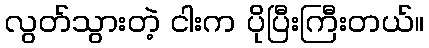
လွတ်သွားတဲ့ ငါးက ပိုပြီးကြီးတယ်။